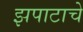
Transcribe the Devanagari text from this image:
झपाटाचे